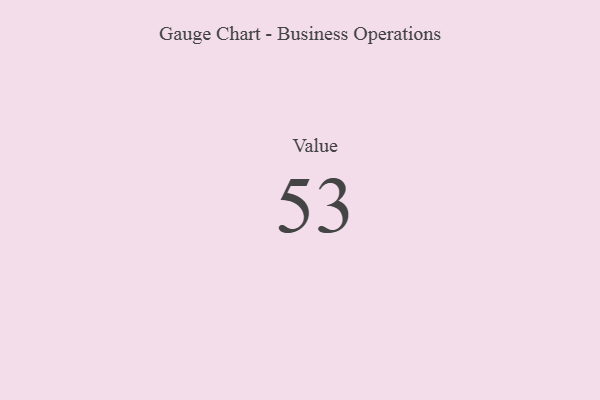
{"axis": {"x": "Metric", "y": "Value"}, "legend": [""], "data": [{"x": "Value", "y": 53, "type": ""}]}